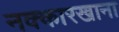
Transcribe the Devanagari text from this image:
नक्कारखाना